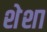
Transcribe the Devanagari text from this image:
शेशा